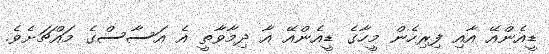
ޑީއެންއޭ އާއި ފިރިހެން މީހާގެ ޑީއެންއޭ އާ ދިމާވާތީ އެ އަސާސްގެ މައްޗަށެވެ.